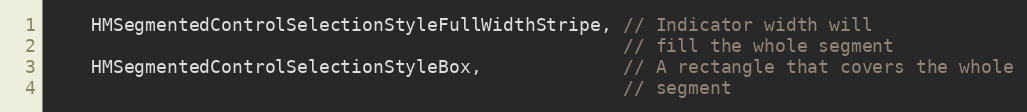
Language: C
    HMSegmentedControlSelectionStyleFullWidthStripe, // Indicator width will
                                                     // fill the whole segment
    HMSegmentedControlSelectionStyleBox,             // A rectangle that covers the whole
                                                     // segment